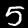
Label: 5